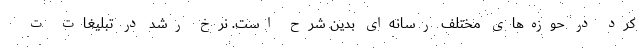
کرد در حوزه‌های مختلف رسانه‌ای بدین شرح است. نرخ رشد در تبلیغات ت